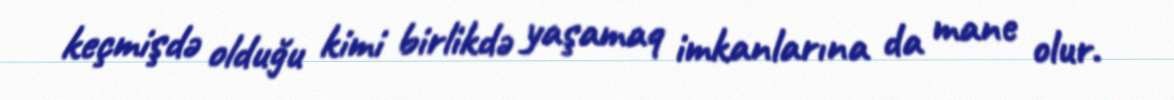
keçmişdə olduğu kimi birlikdə yaşamaq imkanlarına da mane olur.